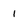
Character: 1